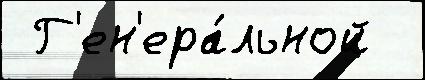
 Г'ен'ера́льной